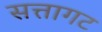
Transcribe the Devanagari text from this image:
सत्तागट